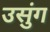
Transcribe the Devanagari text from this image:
उसुंग